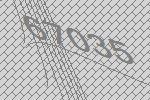
67035